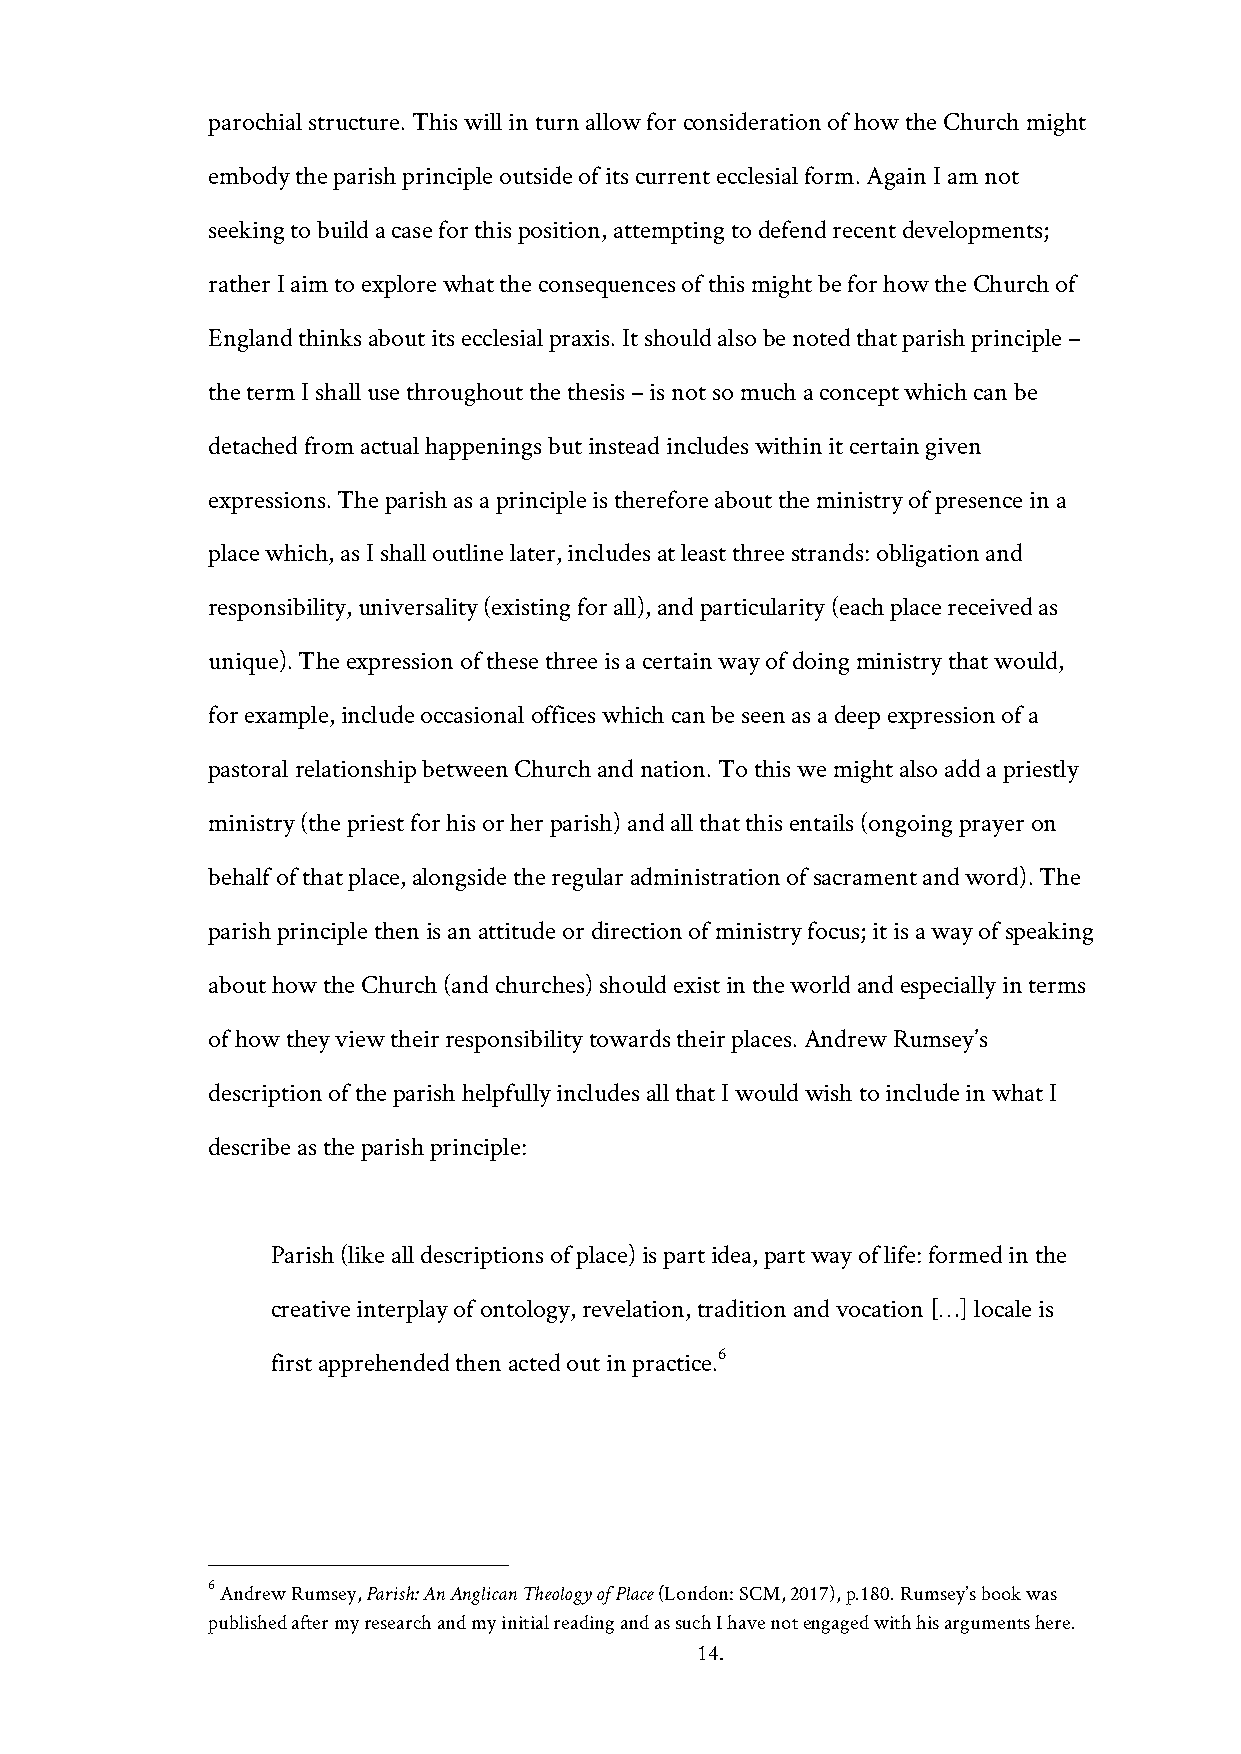
parochial structure. This will in turn allow for consideration of how the Church might
 embody the parish principle outside of its current ecclesial form. Again I am not
 seeking to build a case for this position, attempting to defend recent developments;
 rather I aim to explore what the consequences of this might be for how the Church of
 England thinks about its ecclesial praxis. It should also be noted that parish principle –
 the term I shall use throughout the thesis – is not so much a concept which can be
 detached from actual happenings but instead includes within it certain given
 expressions. The parish as a principle is therefore about the ministry of presence in a
 place which, as I shall outline later, includes at least three strands: obligation and
 responsibility, universality (existing for all), and particularity (each place received as
 unique). The expression of these three is a certain way of doing ministry that would,
 for example, include occasional offices which can be seen as a deep expression of a
 pastoral relationship between Church and nation. To this we might also add a priestly
 ministry (the priest for his or her parish) and all that this entails (ongoing prayer on
 behalf of that place, alongside the regular administration of sacrament and word). The
 parish principle then is an attitude or direction of ministry focus; it is a way of speaking
 about how the Church (and churches) should exist in the world and especially in terms
 of how they view their responsibility towards their places. Andrew Rumsey’s
 description of the parish helpfully includes all that I would wish to include in what I
 describe as the parish principle:
 Parish (like all descriptions of place) is part idea, part way of life: formed in the
 creative interplay of ontology, revelation, tradition and vocation […] locale is
 6
 first apprehended then acted out in practice.
 6 Andrew Rumsey, Parish: An Anglican Theology of Place (London: SCM, 2017), p.180. Rumsey’s book was
 published after my research and my initial reading and as such I have not engaged with his arguments here.
 14.